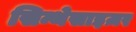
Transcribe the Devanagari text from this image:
सिन्थेसाइज़र